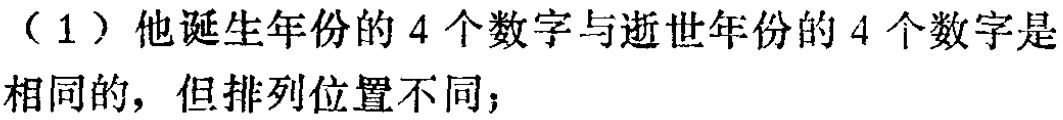
（1）他诞生年份的 4 个数字与逝世年份的 4 个数字是相同的，但排列位置不同；